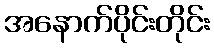
အနောက်ပိုင်းတိုင်း